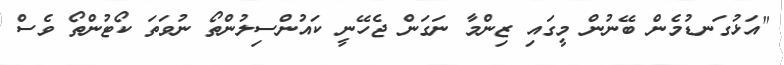
"އަޅުގަނޑުމެން ބޭނުން މީގައި ޒިންމާ ނަގަން ޖެހޭނީ ކައުންސިލުންތޯ ނުވަތަ ކޯޓުންތޯ ވެސް